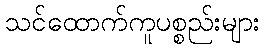
သင်ထောက်ကူပစ္စည်းများ